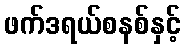
ဖက်ဒရယ်စနစ်နှင့်